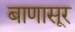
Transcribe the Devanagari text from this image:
बाणासूर